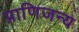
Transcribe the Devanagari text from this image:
प्राणिजन्य